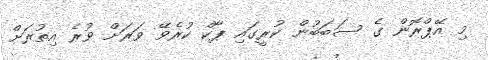
މި އޭޕްރޮން ގެ ސަބަބުން ކުރީގައި ޕާކް ކުރެވޭ ވަރަށް ވުރެ އިތުރަށް